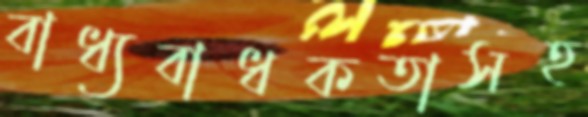
বাধ্যবাধকতাসহ